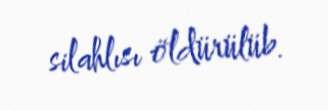
silahlısı öldürülüb.